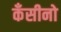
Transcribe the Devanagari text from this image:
कँसीनो